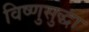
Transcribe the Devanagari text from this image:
विष्णुसुद्धा